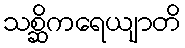
သစ္ဆိကရေယျာတိ